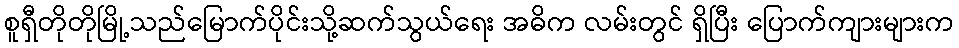
စူရှီတိုတိုမြို့သည်မြောက်ပိုင်းသို့ဆက်သွယ်ရေး အဓိက လမ်းတွင် ရှိပြီး ပြောက်ကျားများက